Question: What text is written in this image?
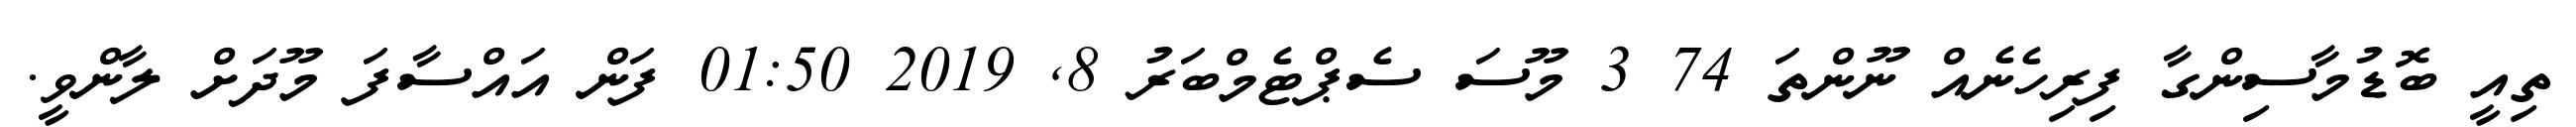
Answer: ތިއީ ބޮޑުމާސިންގާ ފިރިހެނެއް ނޫންތަ 74 3 މޫސަ ސެޕްޓެމްބަރު 8, 2019 01:50 ފަން އައްސާފަ މޫދަށް ލާންވީ.